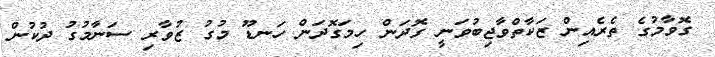
ގޮވާމުގެ ތެރެއިން ޒަކާތްވާޖިބުވަނީ ގޮދަން ހިމަގޮދަން ހަނޑޫ މުގު ޒުވާރި ސަނާމުގު ދުކުން